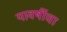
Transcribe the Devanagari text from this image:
यावर्षीचा